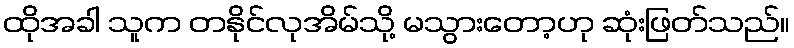
ထိုအခါ သူက တနိုင်လုအိမ်သို့ မသွားတော့ဟု ဆုံးဖြတ်သည်။